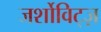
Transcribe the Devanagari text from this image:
जर्शोविट्ज़